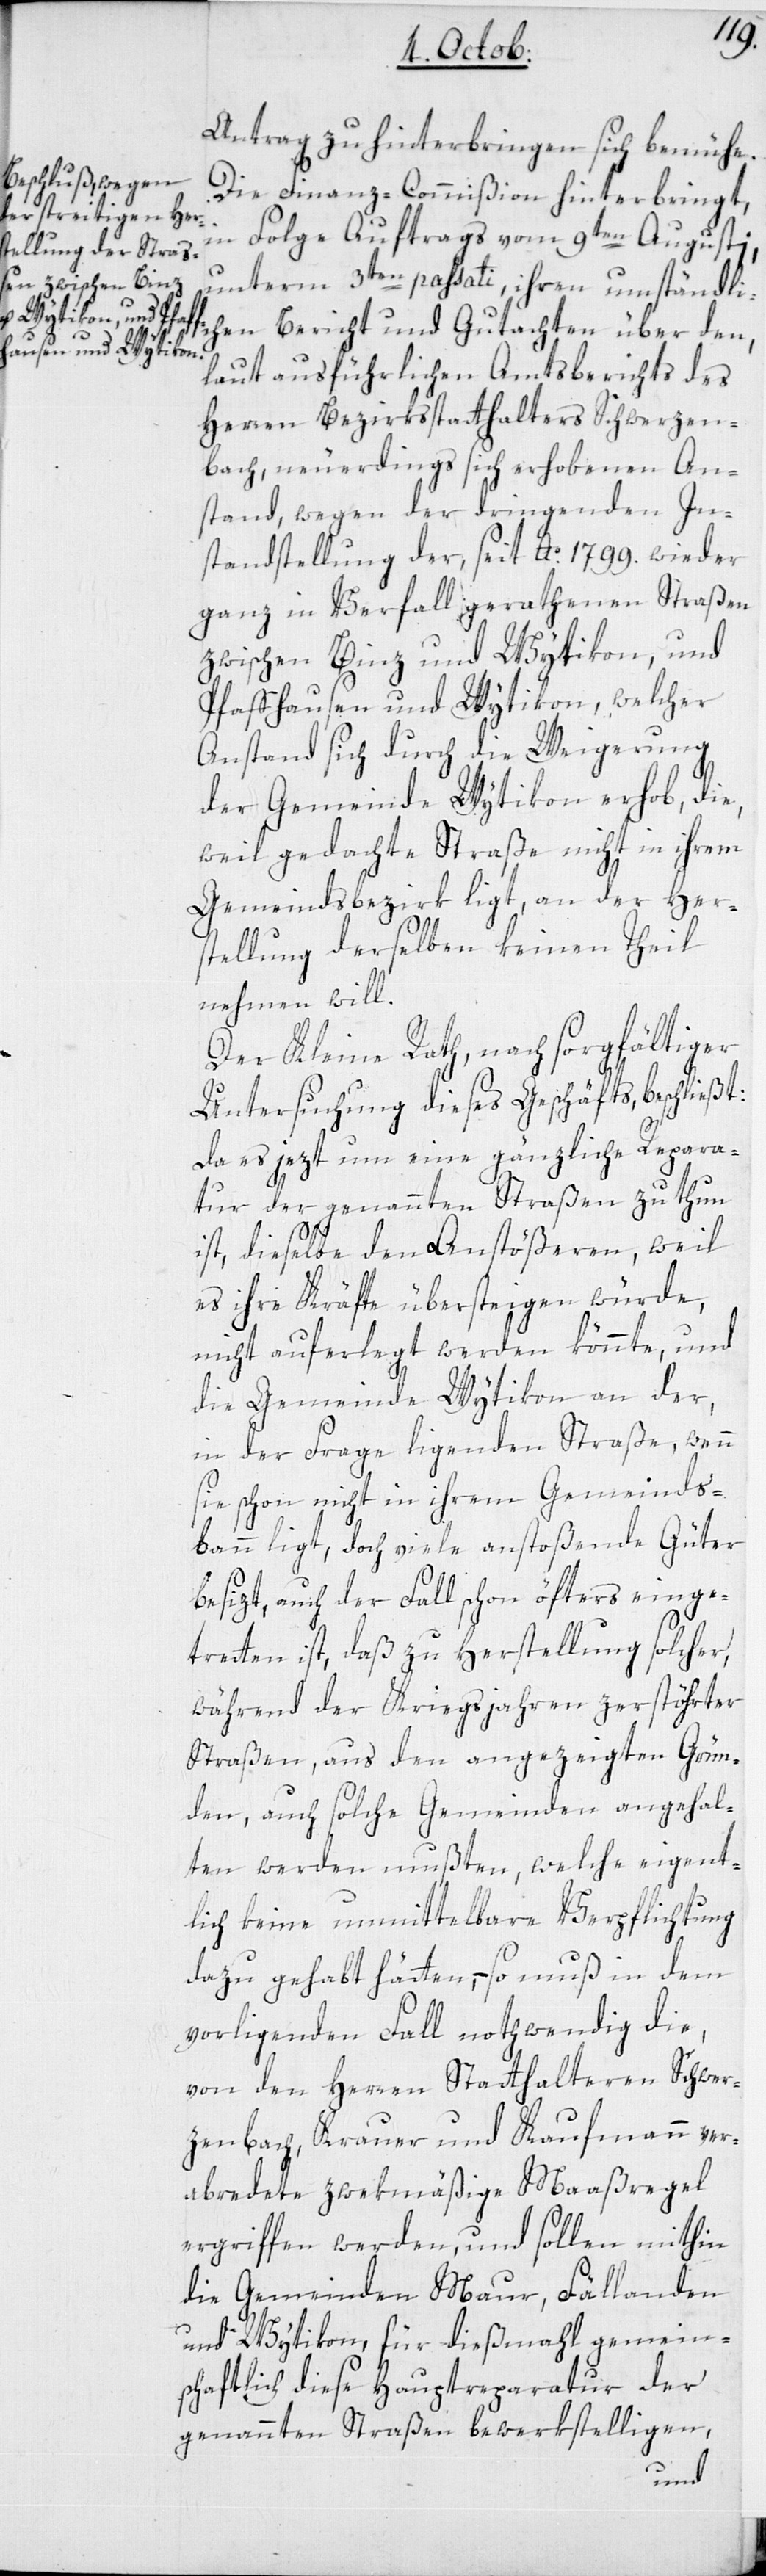
Antrag zu hinterbringen sich bemühe.
Die Finanz-Commißion hinterbringt,
in Folge Auftrags vom 9ten Augusti
unterm 3ten passati ihren umständl¬
ichen Bericht und Gutachten über den,
laut ausführlichen Amtsberichts des
Herren Bezirksstatthalters Schwerzen¬
bach, neuerdings sich erhobenen An¬
stand wegen der dringenden In¬
standstellung der, seit Ao. 1799. wieder
ganz in Verfall gerathenen Straßen
zwischen Binz und Wytikon, und
Pfaffhausen und Wytikon, welcher
Anstand sich durch die Weigerung
der Gemeinde Wytikon erhob, die,
weil gedachte Straße nicht in ihrem
Gemeindsbezirk liegt, an der Her¬
stellung derselben keinen Theil
nehmen will.
Der Kleine Rath, nach sorgfältiger
Untersuchung dieses Geschäfts, beschließt:
da es jezt um eine gänzliche Repara¬
tur der genannten Straßen zu thun
ist, dieselbe den Anstößeren, weil
es ihre Kräfte übersteigen würde,
nicht auferlegt werden könnte, und
die Gemeinde Wytikon an der,
in der Frage ligenden Straße, wenn
sie schon nicht in ihrem Gemeinds¬
bann liegt, doch viele anstoßende Güter
besizt, auch der Fall schon öfters einge¬
tretten ist, daß zu Herstellung solcher,
während der Kriegsjahren zerstöhrter
Straßen, aus den angezeigten Grün¬
den, auch solche Gemeinden angehal¬
ten werden mußten, welche eigent¬
lich keine unmittelbare Verpflichtung
dazu gehabt hätten, – so muß in dem
vorliegenden Fall nothwendig die,
von den Herren Statthalteren Schwer¬
zenbach, Krauer und Kaufmann ver¬
abredete zwekmäßige Maaßregel
ergriffen werden, und sollen mithin
die Gemeinden Maur, Fällanden
und Wytikon, für dießmahl gemein¬
schaftlich diese Hauptreparatur der
genannten Straßen bewerkstelligen,